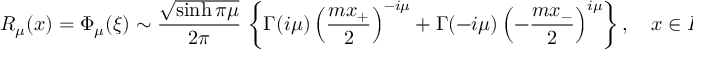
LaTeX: R _ { \mu } ( x ) = \Phi _ { \mu } ( \xi ) \sim \frac { \sqrt { \sinh \pi \mu } } { 2 \pi } \, \left\{ \Gamma ( i \mu ) \left( \frac { m x _ { + } } 2 \right) ^ { - i \mu } + \Gamma ( - i \mu ) \left( - \frac { m x _ { - } } 2 \right) ^ { i \mu } \right\} , \quad x \in R , \quad x _ { \pm } \to 0 .